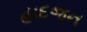
હાદજન